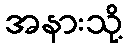
အနားသို့